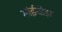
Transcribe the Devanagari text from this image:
सांईखेड़ा